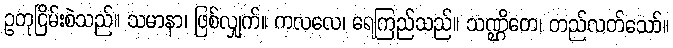
ဥတုငြိမ်းစဲသည်။ သမာနာ၊ ဖြစ်လျှက်။ ကလလေ၊ ရေကြည်သည်။ သဏ္ဌိတေ၊ တည်လတ်သော်။